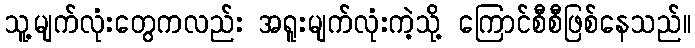
သူ့မျက်လုံးတွေကလည်း အရူးမျက်လုံးကဲ့သို့ ကြောင်စီစီဖြစ်နေသည်။